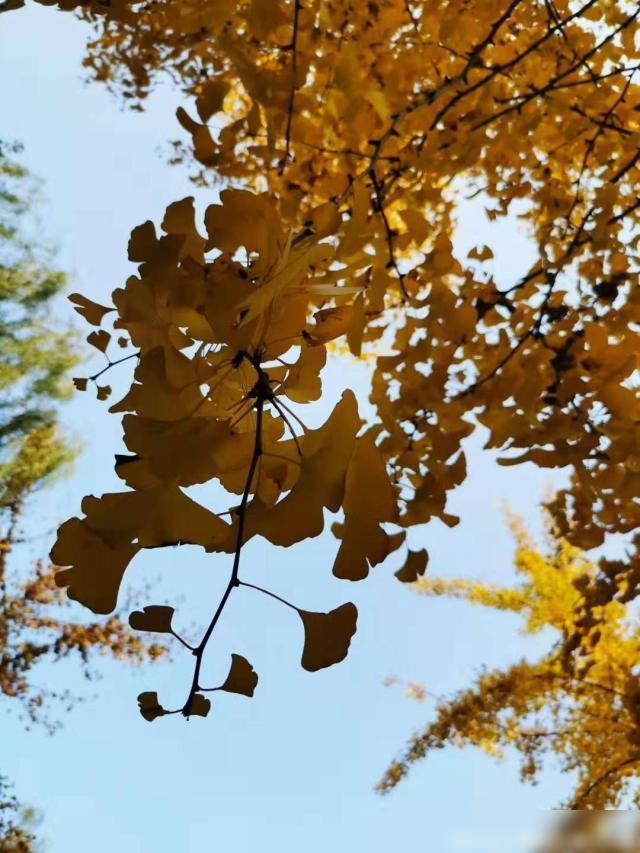
以我独沉久，愧君相见频。